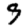
Digit: 9